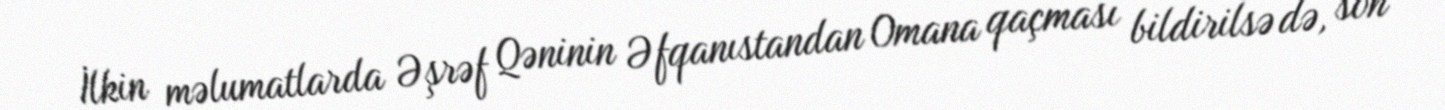
İlkin məlumatlarda Əşrəf Qəninin Əfqanıstandan Omana qaçması bildirilsə də, son